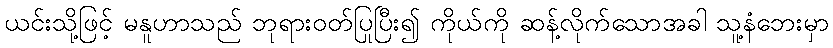
ယင်းသို့ဖြင့် မနူဟာသည် ဘုရားဝတ်ပြုပြီး၍ ကိုယ်ကို ဆန့်လိုက်သောအခါ သူ့နံဘေးမှာ